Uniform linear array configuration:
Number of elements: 4
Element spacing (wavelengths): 0.25
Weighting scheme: exponential
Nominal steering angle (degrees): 15
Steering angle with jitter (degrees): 13.32
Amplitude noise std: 0.05
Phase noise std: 0.05

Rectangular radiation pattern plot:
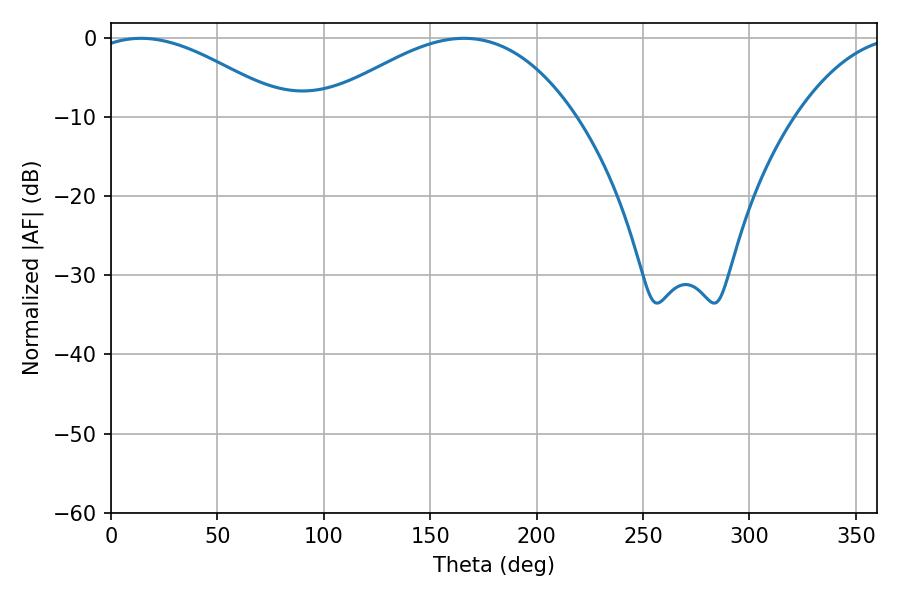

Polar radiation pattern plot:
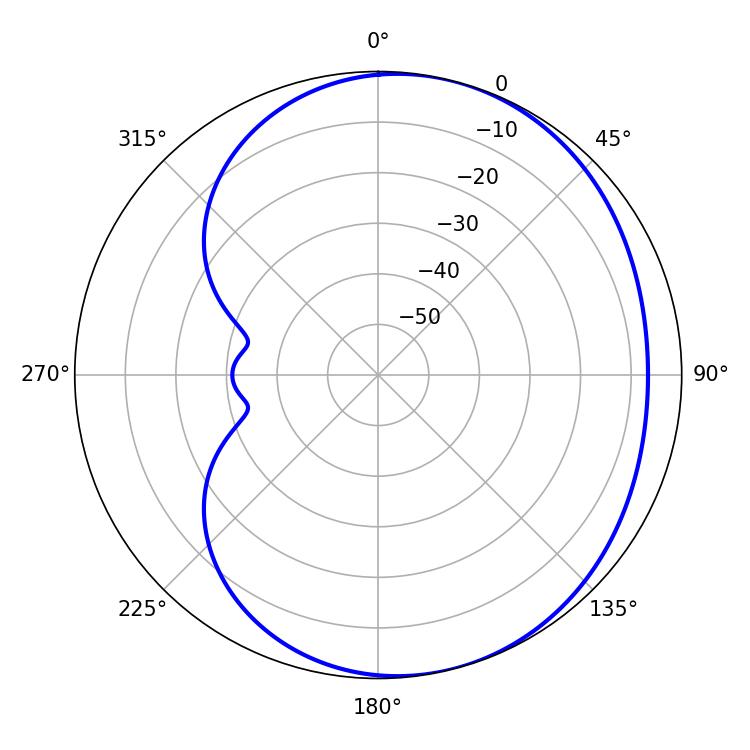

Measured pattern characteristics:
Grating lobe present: FALSE
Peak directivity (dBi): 4.11
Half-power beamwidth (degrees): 50.22
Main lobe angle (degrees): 14.04